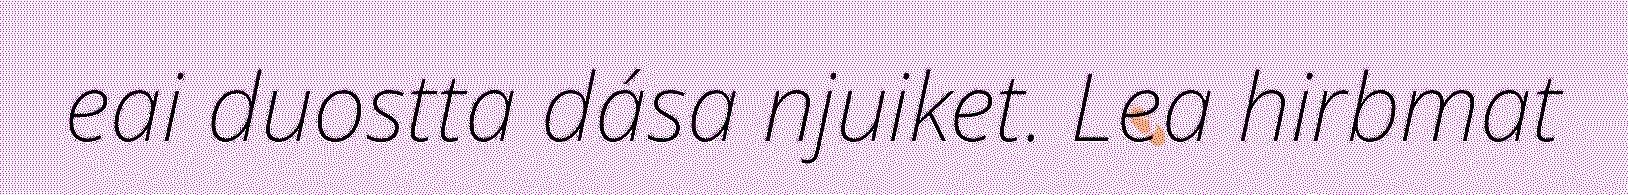
eai duostta dása njuiket. Lea hirbmat